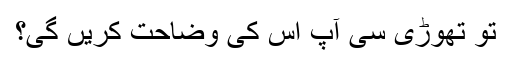
تو تھوڑی سی آپ اس کی وضاحت کریں گی؟